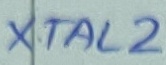
Text: XTAL2